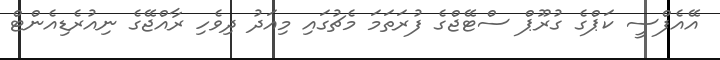
އޭއެފްސީ ކަޕްގެ ގުރޫޕް ސްޓޭޖްގެ ފުރަތަމަ މެޗުގައި މިއަދު ދިވެހި ރާއްޖޭގެ ނިއުރެޑިއެންޓް